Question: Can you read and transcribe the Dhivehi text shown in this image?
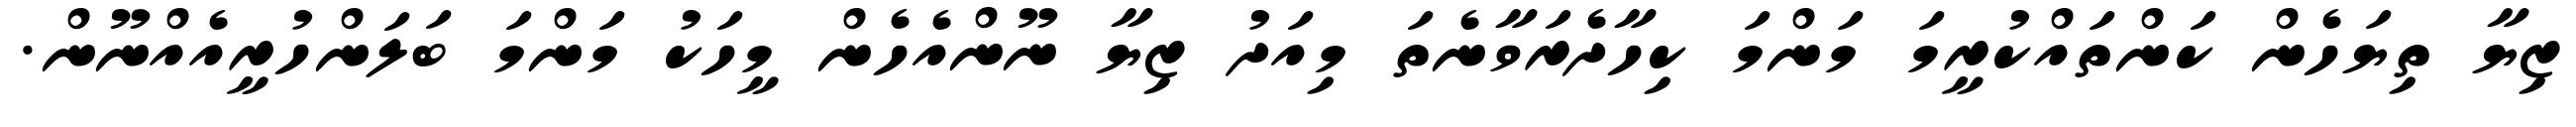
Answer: ޒިޔާ ތިޔަހެން ކަންތައްކުރީމަ މަންމަ ކިހާދެރަވާނެތަ މިއަދު ޒިޔާ ނޫންއެހެން މީހަކު މަންމަ ބަލަންހުރީއެއްނޫން.